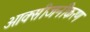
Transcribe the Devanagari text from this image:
आक्सीजनीकरण